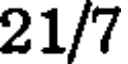
21/7